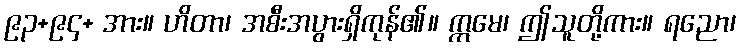
၉၃+၉၄+ အား။ ဟိတာ၊ အစီးအပွားရှိကုန်၏။ ဣမေ၊ ဤသူတို့ကား။ ရညော၊